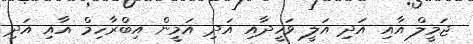
ޖަމީލް އާއި އަދި އަލީ ވަހީދާއި އަދި އަމީން އިބްރާހިމް އާއި އަދި